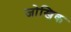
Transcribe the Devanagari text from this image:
जोखिक